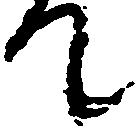
て